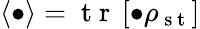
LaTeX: \left<\bullet\right>=\mathrm{~t~r~}\left[\bullet\rho_{\mathrm{~s~t~}}\right]